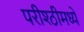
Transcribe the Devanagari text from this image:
परीश्ठीमध्ये